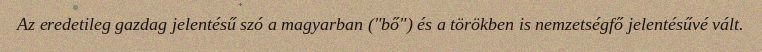
Az eredetileg gazdag jelentésű szó a magyarban ("bő") és a törökben is nemzetségfő jelentésűvé vált.